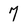
Character: 7